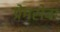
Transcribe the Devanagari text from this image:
प्रेमसेवा